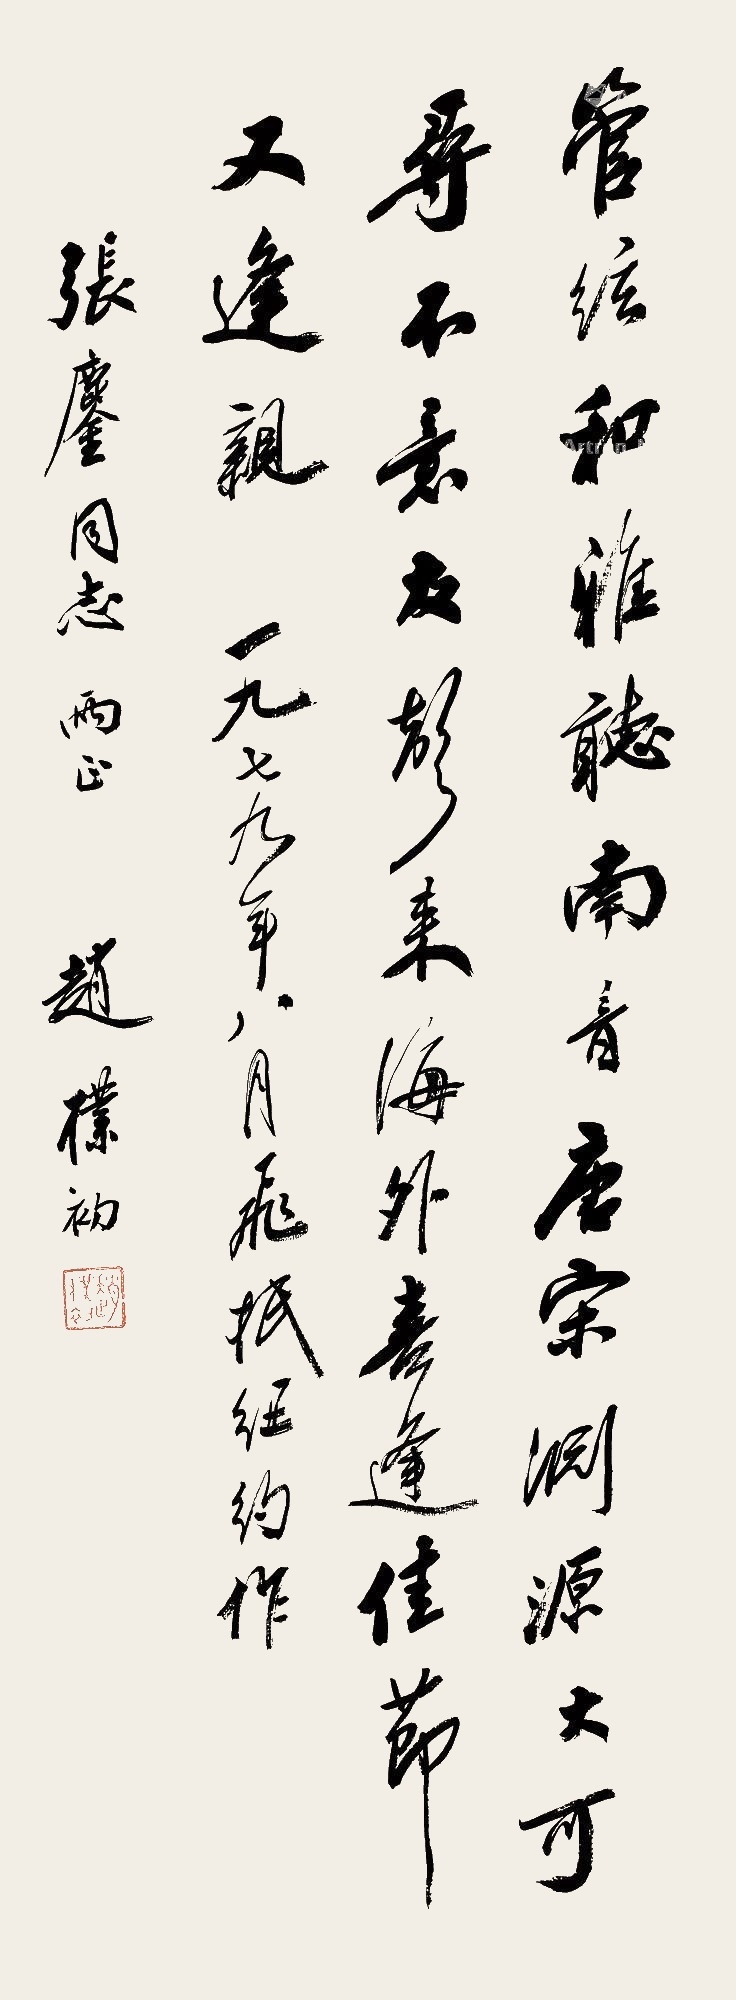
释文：管弦和雅听南音，唐宋渊源大可寻。不意友声来海外，喜逢佳节又逢亲。一九七九年八月飞抵纽约作，张鏖同志两正，赵朴初。